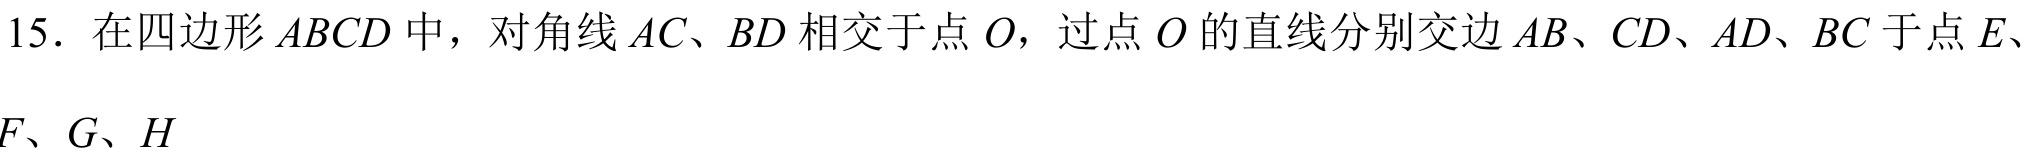
15. 在四边形\(ABCD\)中，对角线\(AC、BD\)相交于点\(O\)，过点\(O\)的直线分别交边\(AB、CD、AD、BC\)于点\(E、\)
\(F、G、H\)